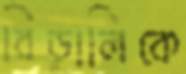
বিড়ালিকে